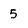
Character: 5